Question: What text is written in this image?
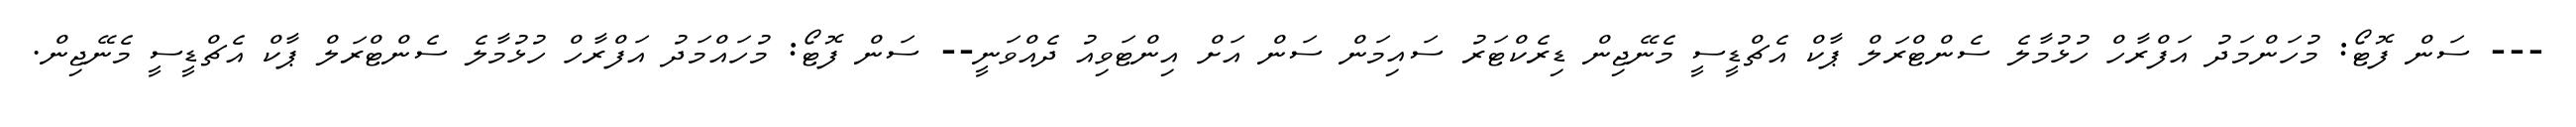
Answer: --- ސަން ފޮޓޯ: މުހަންމަދު އަފްރާހް ހުޅުމާލެ ސެންޓްރަލް ޕާކް އެޗްޑީސީ މެނޭޖިން ޑިރެކްޓަރު ސައިމަން ސަން އަށް އިންޓަވިއު ދެއްވަނީ-- ސަން ފޮޓޯ: މުހައްމަދު އަފްރާހް ހުޅުމާލެ ސެންޓްރަލް ޕާކް އެޗްޑީސީ މެނޭޖިން.